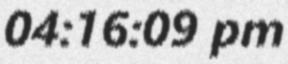
04:16:09 pm